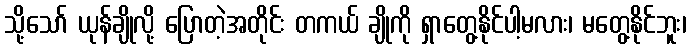
သို့သော် ယုန်ချိုလို့ ပြောတဲ့အတိုင်း တကယ် ချိုကို ရှာတွေ့နိုင်ပါ့မလား၊ မတွေ့နိုင်ဘူး၊